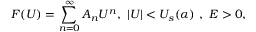
F ( U ) = \sum _ { n = 0 } ^ { \infty } { A } _ { n } U ^ { n } , ~ | U | < U _ { s } ( \alpha ) ~ , ~ E > 0 ,